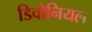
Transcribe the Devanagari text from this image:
डिवोनियल